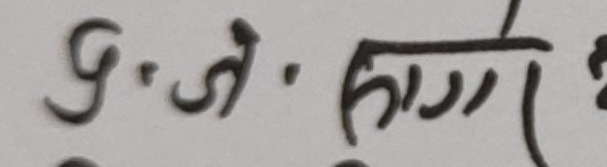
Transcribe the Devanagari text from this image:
५. जे. (काल)